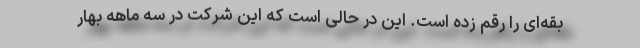
بقه‌ای را رقم زده است. این در حالی است که این شرکت در سه ماهه بهار